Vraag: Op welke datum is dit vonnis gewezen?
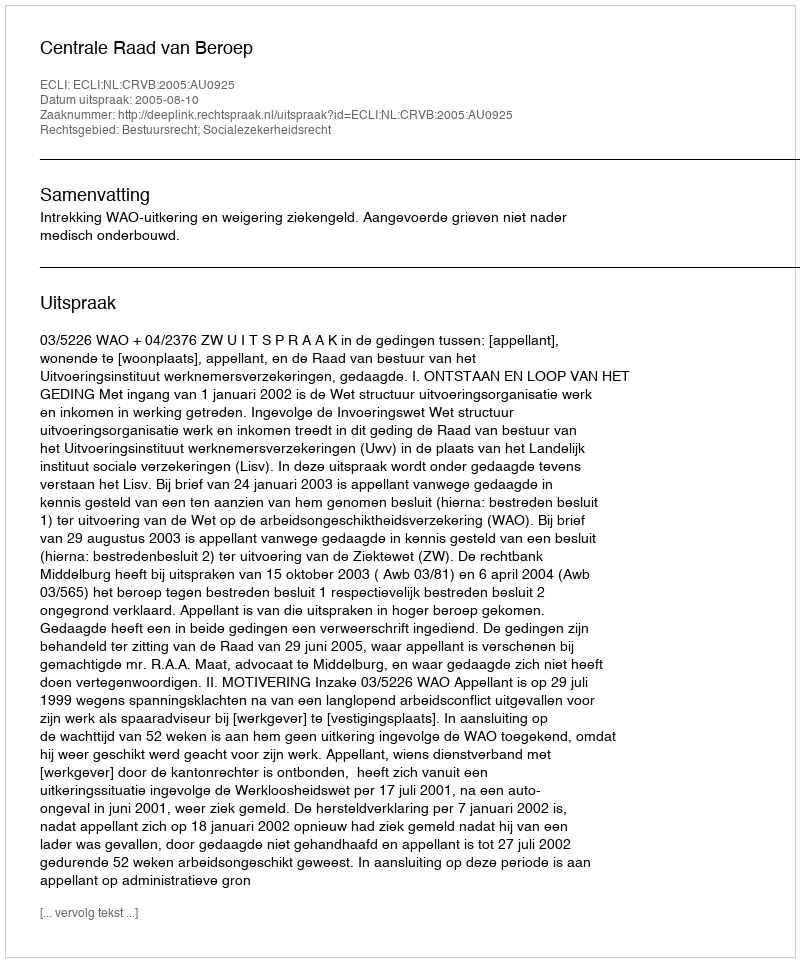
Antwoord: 2005-08-10